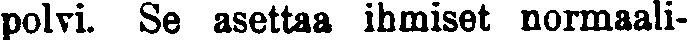
polvi. Se asettaa ihmiset normaali-